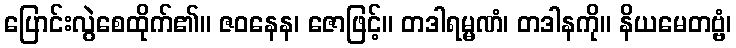
ပြောင်းလွဲစေထိုက်၏။ ဇဝနေန၊ ဇောဖြင့်။ တဒါရမ္မဏံ၊ တဒါနကို။ နိယမေတဗ္ဗံ၊